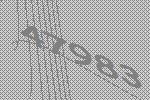
47983